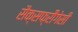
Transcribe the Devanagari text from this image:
सैक्सफ्रीैगेसी